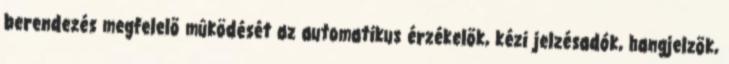
berendezés megfelelõ mûködését az automatikus érzékelõk, kézi jelzésadók, hangjelzõk,